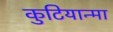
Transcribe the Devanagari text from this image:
कुटियान्मा